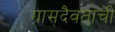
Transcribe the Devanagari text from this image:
ग्रामदैवताची